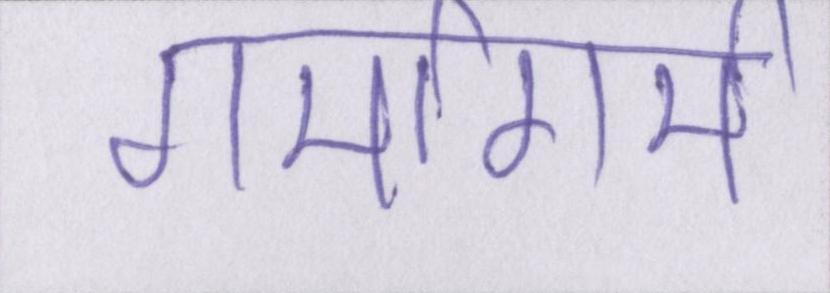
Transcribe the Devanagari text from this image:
गर्मागर्म